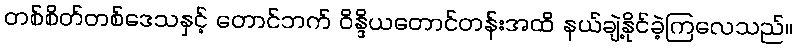
တစ်စိတ်တစ်ဒေသနှင့် တောင်ဘက် ဝိန္ဒိယတောင်တန်းအထိ နယ်ချဲ့နိုင်ခဲ့ကြလေသည်။